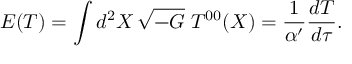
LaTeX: E ( T ) = \int d ^ { 2 } X \, \sqrt { - G } \; T ^ { 0 0 } ( X ) = \frac { 1 } { \alpha ^ { \prime } } \frac { d T } { d \tau } .